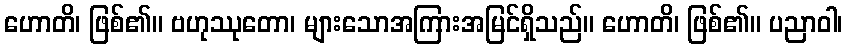
ဟောတိ၊ ဖြစ်၏။ ဗဟုဿုတော၊ များသောအကြားအမြင်ရှိသည်။ ဟောတိ၊ ဖြစ်၏။ ပညာဝါ၊